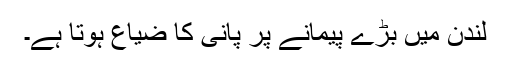
لندن میں بڑے پیمانے پر پانی کا ضیاع ہوتا ہے۔